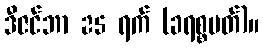
ဒီဇင်ဘာ 25 ရက် (ခရစ္စမတ်)။